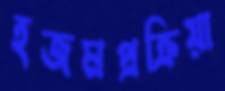
হজমপ্রক্রিয়া